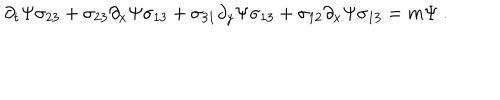
\partial _ { t } \Psi \sigma _ { 2 3 } + \sigma _ { 2 3 } \partial _ { x } \Psi \sigma _ { 1 3 } + \sigma _ { 3 1 } \partial _ { y } \Psi \sigma _ { 1 3 } + \sigma _ { 1 2 } \partial _ { x } \Psi \sigma _ { 1 3 } = m \Psi ~ .